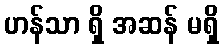
ဟန်သာ ရှိ အဆန် မရှိ